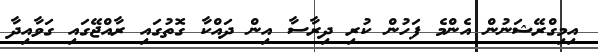
އިމިގްރޭޝަނުން އެންމެ ފަހުން ކުރި ދިރާސާ އިން ދައްކާ ގޮތުގައި ރާއްޖޭގައި ގަވާއިދާ